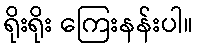
ရိုးရိုး ကြေးနန်းပါ။